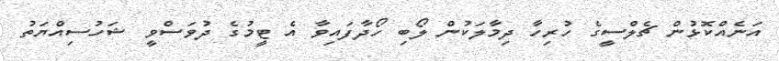
އަނެއްކޮޅުން ޗެލްސީގެ ހުރިހާ ދިމާލަކުން ލޯބި ހޯދާފައިވާ އެ ޓީމުގެ ދުވަސްވީ ޝަހުސިއްޔަތު